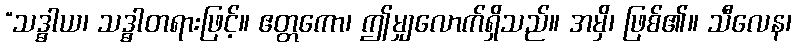
“သဒ္ဓါယ၊ သဒ္ဓါတရားဖြင့်။ ဧတ္တကော၊ ဤမျှလောက်ရှိသည်။ အမှိ၊ ဖြစ်၏။ သီလေန၊